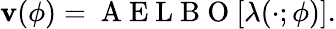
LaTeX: \mathbf{v}(\phi)=\mathrm{{~A~E~L~B~O~}}[\lambda(\cdot;\phi)].